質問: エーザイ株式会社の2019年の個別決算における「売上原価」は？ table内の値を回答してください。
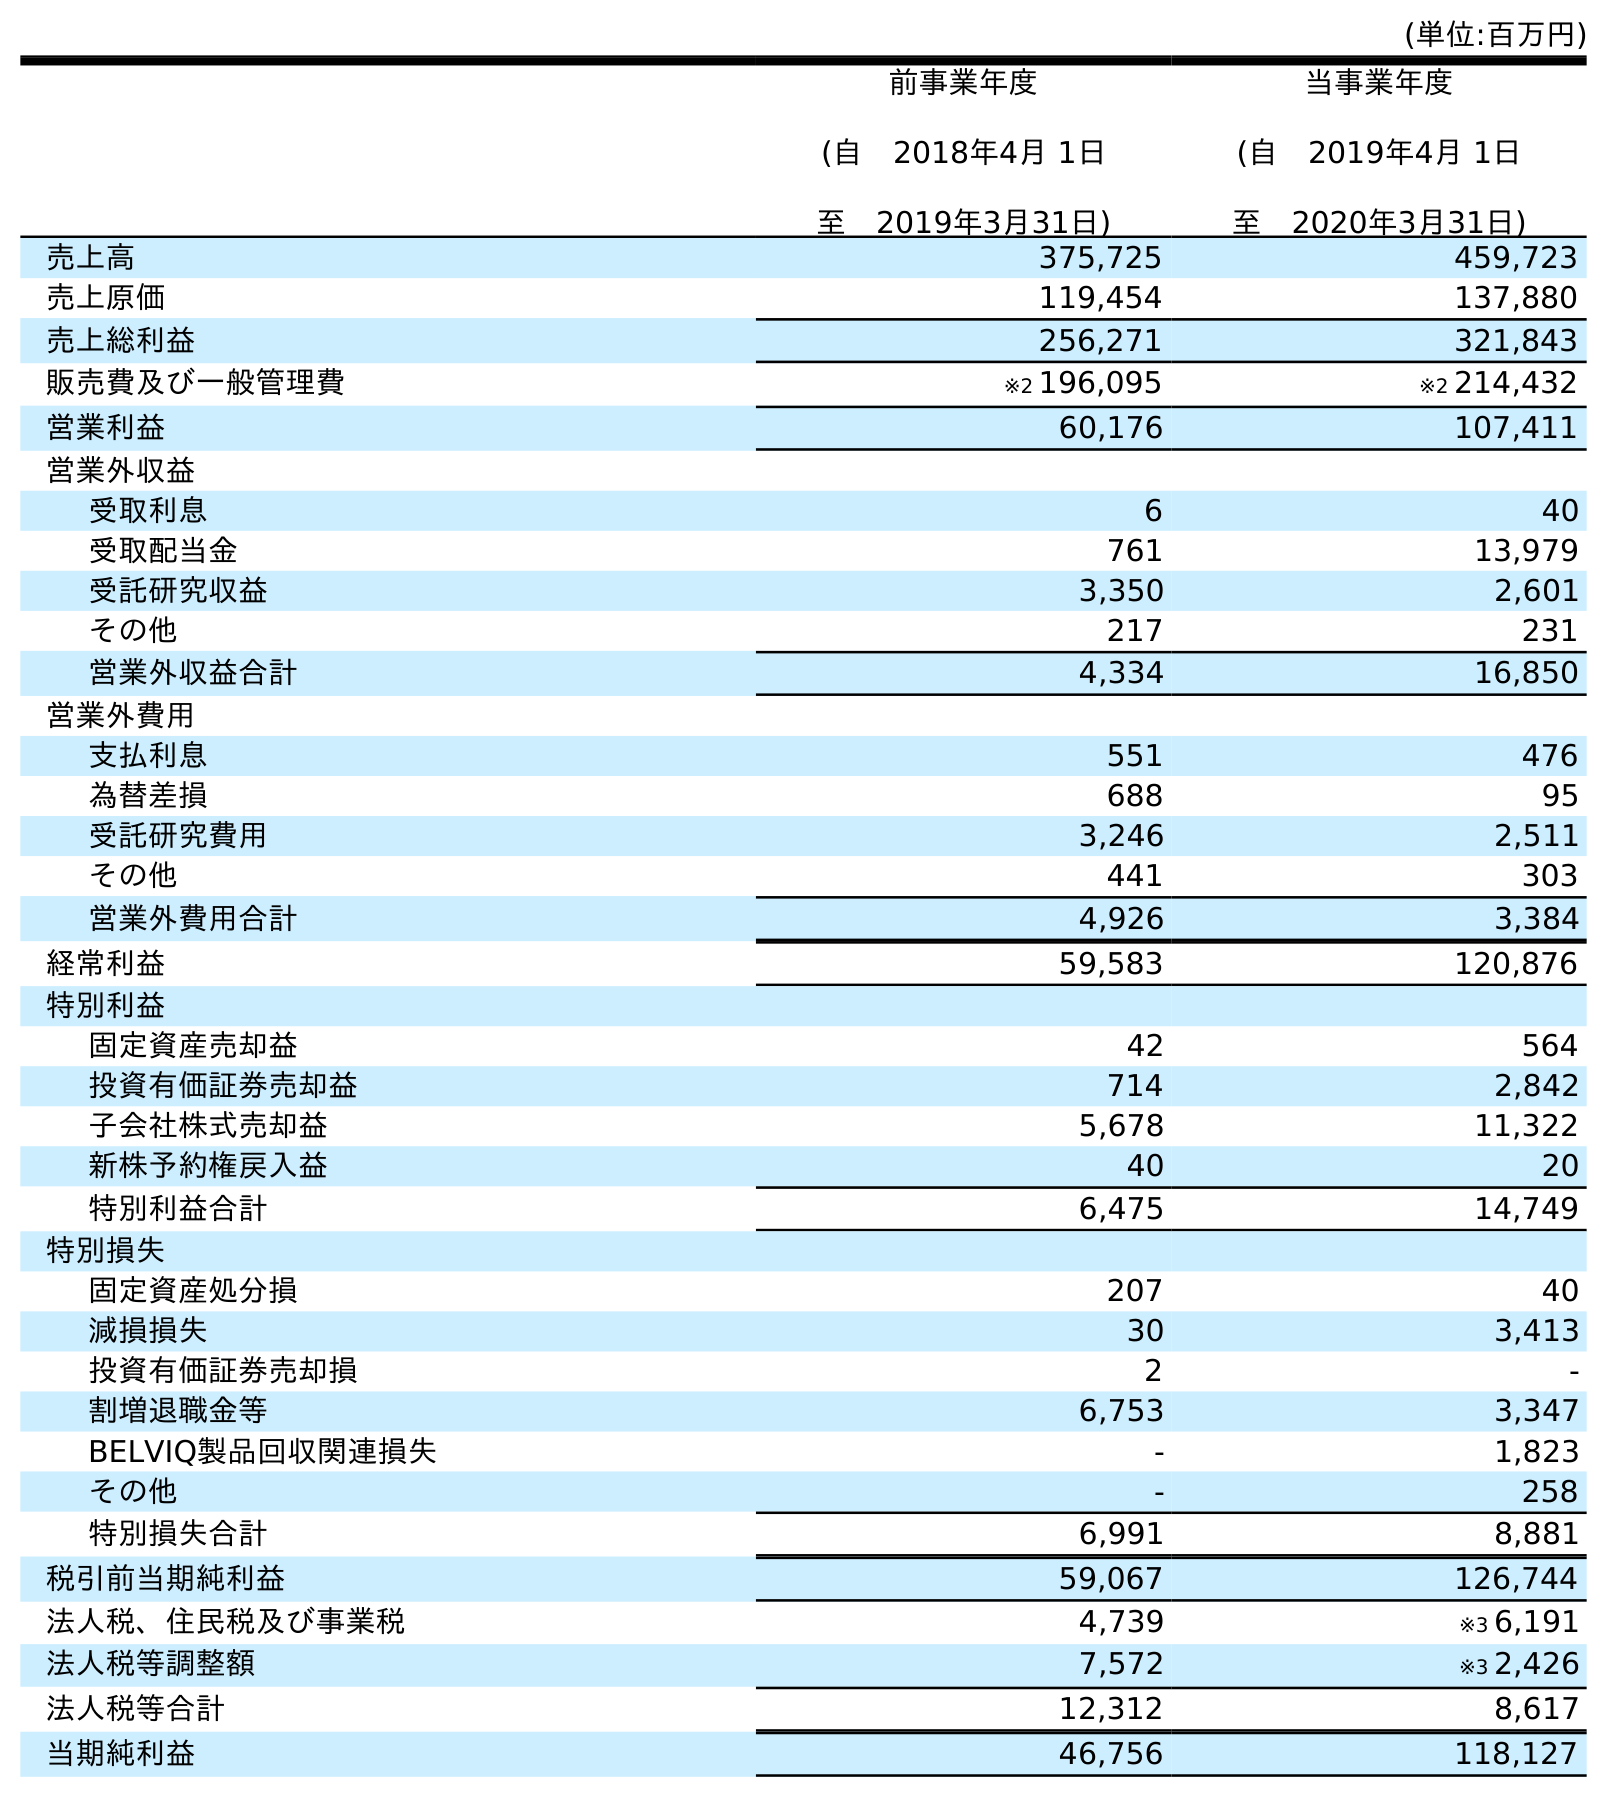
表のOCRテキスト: (単位:百万円) 前事業年度 (自 2018年4月 1日 至 2019年3月31日) 当事業年度 (自 2019年4月 1日 至 2020年3月31日) 売上高 375,725 459,723 売上原価 119,454 137,880 売上総利益 256,271 321,843 販売費及び一般管理費 ※2 196,095 ※2 214,432 営業利益 60,176 107,411 営業外収益 受取利息 6 40 受取配当金 761 13,979 受託研究収益 3,350 2,601 その他 217 231 営業外収益合計 4,334 16,850 営業外費用 支払利息 551 476 為替差損 688 95 受託研究費用 3,246 2,511 その他 441 303 営業外費用合計 4,926 3,384 経常利益 59,583 120,876 特別利益 固定資産売却益 42 564 投資有価証券売却益 714 2,842 子会社株式売却益 5,678 11,322 新株予約権戻入益 40 20 特別利益合計 6,475 14,749 特別損失 固定資産処分損 207 40 減損損失 30 3,413 投資有価証券売却損 2 - 割増退職金等 6,753 3,347 BELVIQ製品回収関連損失 - 1,823 その他 - 258 特別損失合計 6,991 8,881 税引前当期純利益 59,067 126,744 法人税、住民税及び事業税 4,739 ※3 6,191 法人税等調整額 7,572 ※3 2,426 法人税等合計 12,312 8,617 当期純利益 46,756 118,127
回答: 119,454